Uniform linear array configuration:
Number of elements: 24
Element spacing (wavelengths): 0.25
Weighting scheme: uniform
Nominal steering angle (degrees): -60
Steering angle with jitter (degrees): -59.772
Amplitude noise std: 0.05
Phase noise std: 0.05

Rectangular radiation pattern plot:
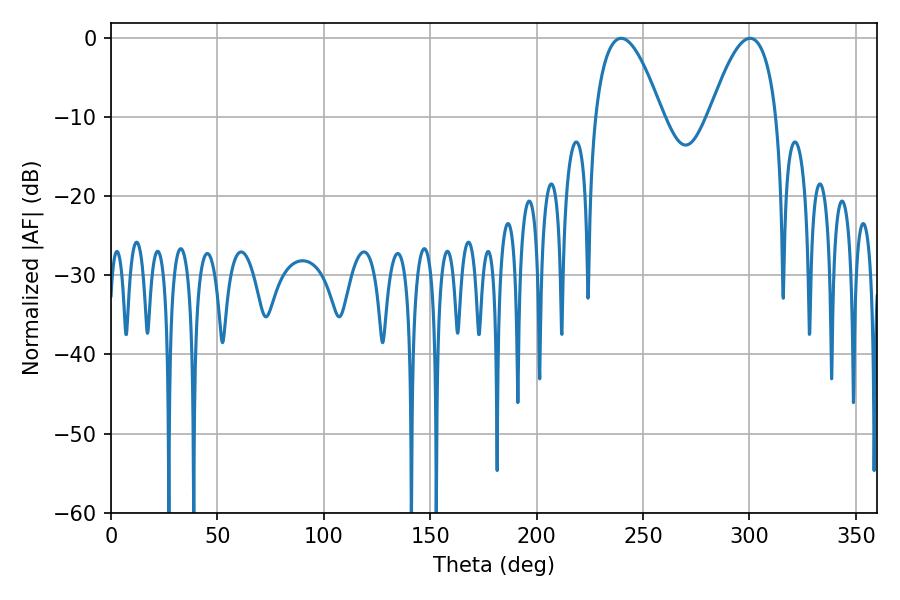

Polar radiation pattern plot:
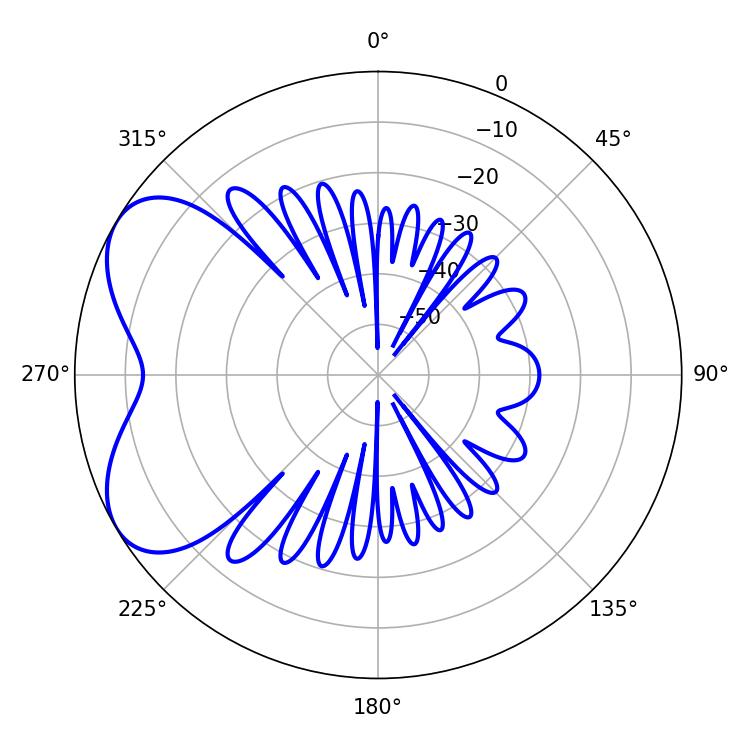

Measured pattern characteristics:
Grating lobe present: FALSE
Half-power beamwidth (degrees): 17.28
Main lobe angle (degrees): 239.76